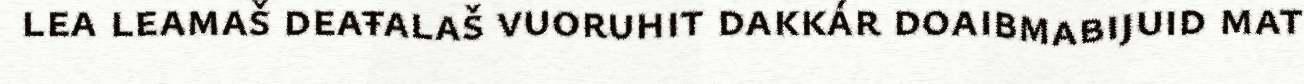
lea leamaš deaŧalaš vuoruhit dakkár doaibmabijuid mat